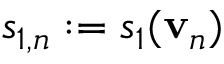
s _ { 1 , n } : = s _ { 1 } ( \mathbf { v } _ { n } )